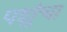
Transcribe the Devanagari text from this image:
पशुंचा